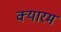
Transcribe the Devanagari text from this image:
क्यारम